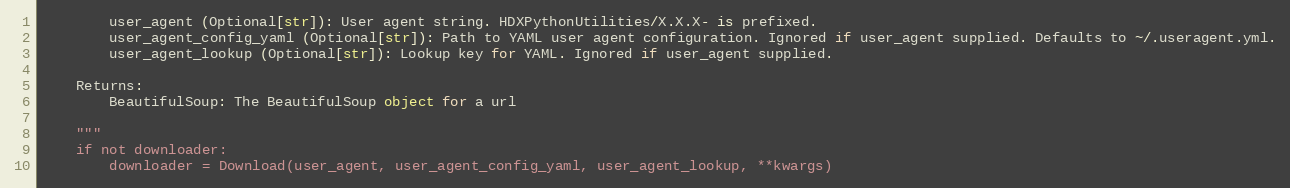
Language: Python
        user_agent (Optional[str]): User agent string. HDXPythonUtilities/X.X.X- is prefixed.
        user_agent_config_yaml (Optional[str]): Path to YAML user agent configuration. Ignored if user_agent supplied. Defaults to ~/.useragent.yml.
        user_agent_lookup (Optional[str]): Lookup key for YAML. Ignored if user_agent supplied.

    Returns:
        BeautifulSoup: The BeautifulSoup object for a url

    """
    if not downloader:
        downloader = Download(user_agent, user_agent_config_yaml, user_agent_lookup, **kwargs)